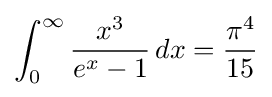
\int _{0}^{\infty }{\frac {x^{3}}{e^{x}-1}}\,dx={\frac {\pi ^{4}}{15}}